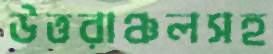
উত্তরাঞ্চলসহ